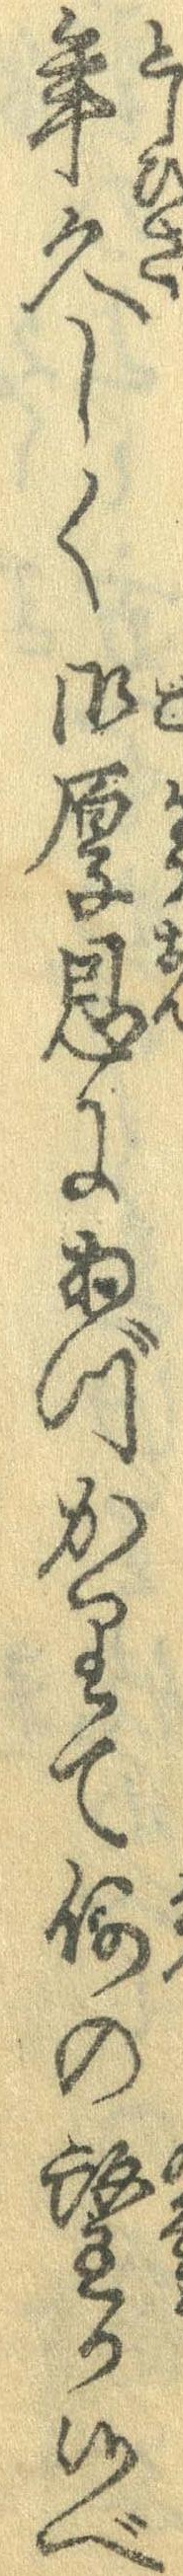
年久しく御厚恩にあづかりて何の望か候べ